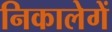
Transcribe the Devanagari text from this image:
निकालेगें